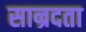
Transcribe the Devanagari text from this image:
सान्रदता